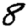
Digit: 8